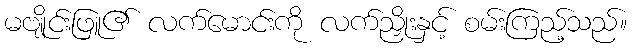
မဗျိုင်းဖြူ၏ လက်မောင်းကို လက်ညှိုးနှင့် စမ်းကြည့်သည်။